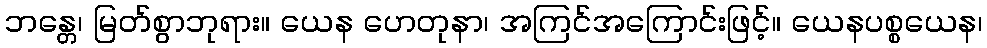
ဘန္တေ၊ မြတ်စွာဘုရား။ ယေန ဟေတုနာ၊ အကြင်အကြောင်းဖြင့်။ ယေနပစ္စယေန၊